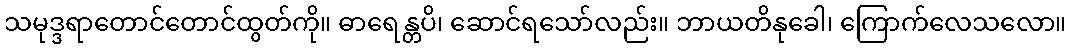
သမုဒ္ဒရာတောင်တောင်ထွတ်ကို။ ဓာရေန္တပိ၊ ဆောင်ရသော်လည်း။ ဘာယတိနုခေါ၊ ကြောက်လေသလော။